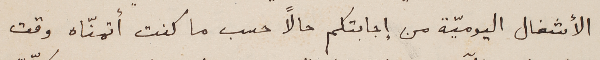
الأشغال اليوميّة من إجابتكم حالاً حسب ما كنت أتمنّاه وقت